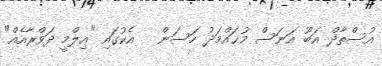
އުސްތާޛް އަބޫ އަނަސް މުޙައްމަދު ހަސަން   އެކުގައި "ޢިލްމީ ދަޥްރާއެއް"